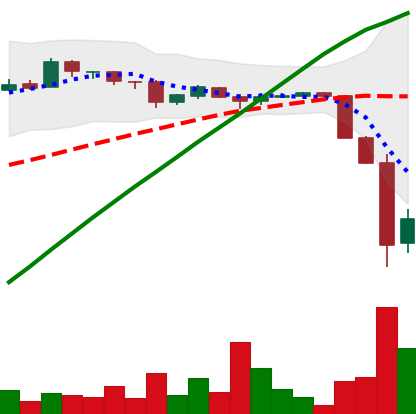
Ticker: BTC-USD
Chart end date: 2016-08-03
Forward return: 4.361%
Label: up_3_5